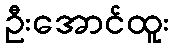
ဦးအောင်ထူး